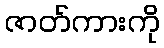
ဇာတ်ကားကို